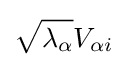
{\sqrt {\lambda _{\alpha }}}V_{\alpha i}\,\!